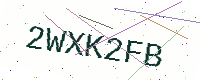
Text: 2WXK2FB